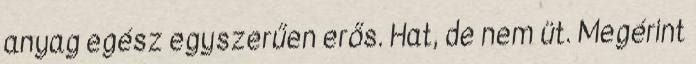
anyag egész egyszerűen erős. Hat, de nem üt. Megérint